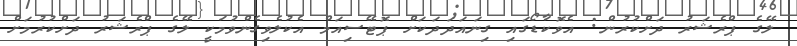
ލޭގެ ޕްރެޝަރު ދަށްކުރުން: އެވޮކާޑޯގައި ގިނައަދަދަކަށް ޕޮޓޭސިއަމް އެކުލެވިގެންވުމަކީ ލޭގެ ޕްރެޝަރު ދަށްކުރުމަށް